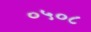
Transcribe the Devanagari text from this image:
०५०८